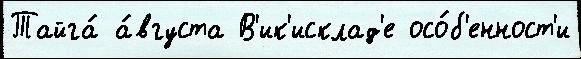
Тайга́ а́вгуста В'ик'исклад'е осо́б'енност'и